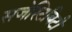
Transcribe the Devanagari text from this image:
सजेस्टिबिटी